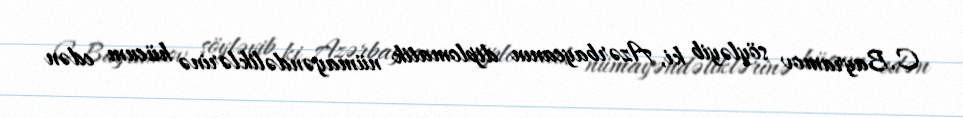
C.Bayramov söyləyib ki, Azərbaycanın diplomatik nümayəndəliklərinə hücum edən